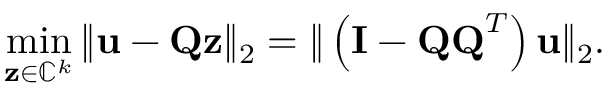
\operatorname* { m i n } _ { \mathbf { z } \in \mathbb { C } ^ { k } } \| \mathbf { u } - \mathbf { Q z } \| _ { 2 } = \| \left( \mathbf { I } - \mathbf { Q Q } ^ { T } \right) \mathbf { u } \| _ { 2 } .